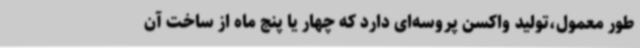
طور معمول،تولید واکسن پروسه‌ای دارد که چهار یا پنج ماه از ساخت آن